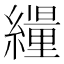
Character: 𦆊